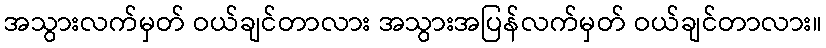
အသွားလက်မှတ် ဝယ်ချင်တာလား အသွားအပြန်လက်မှတ် ဝယ်ချင်တာလား။